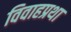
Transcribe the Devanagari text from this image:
विवाहप्रथा